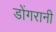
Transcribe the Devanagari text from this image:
डोंगरानी